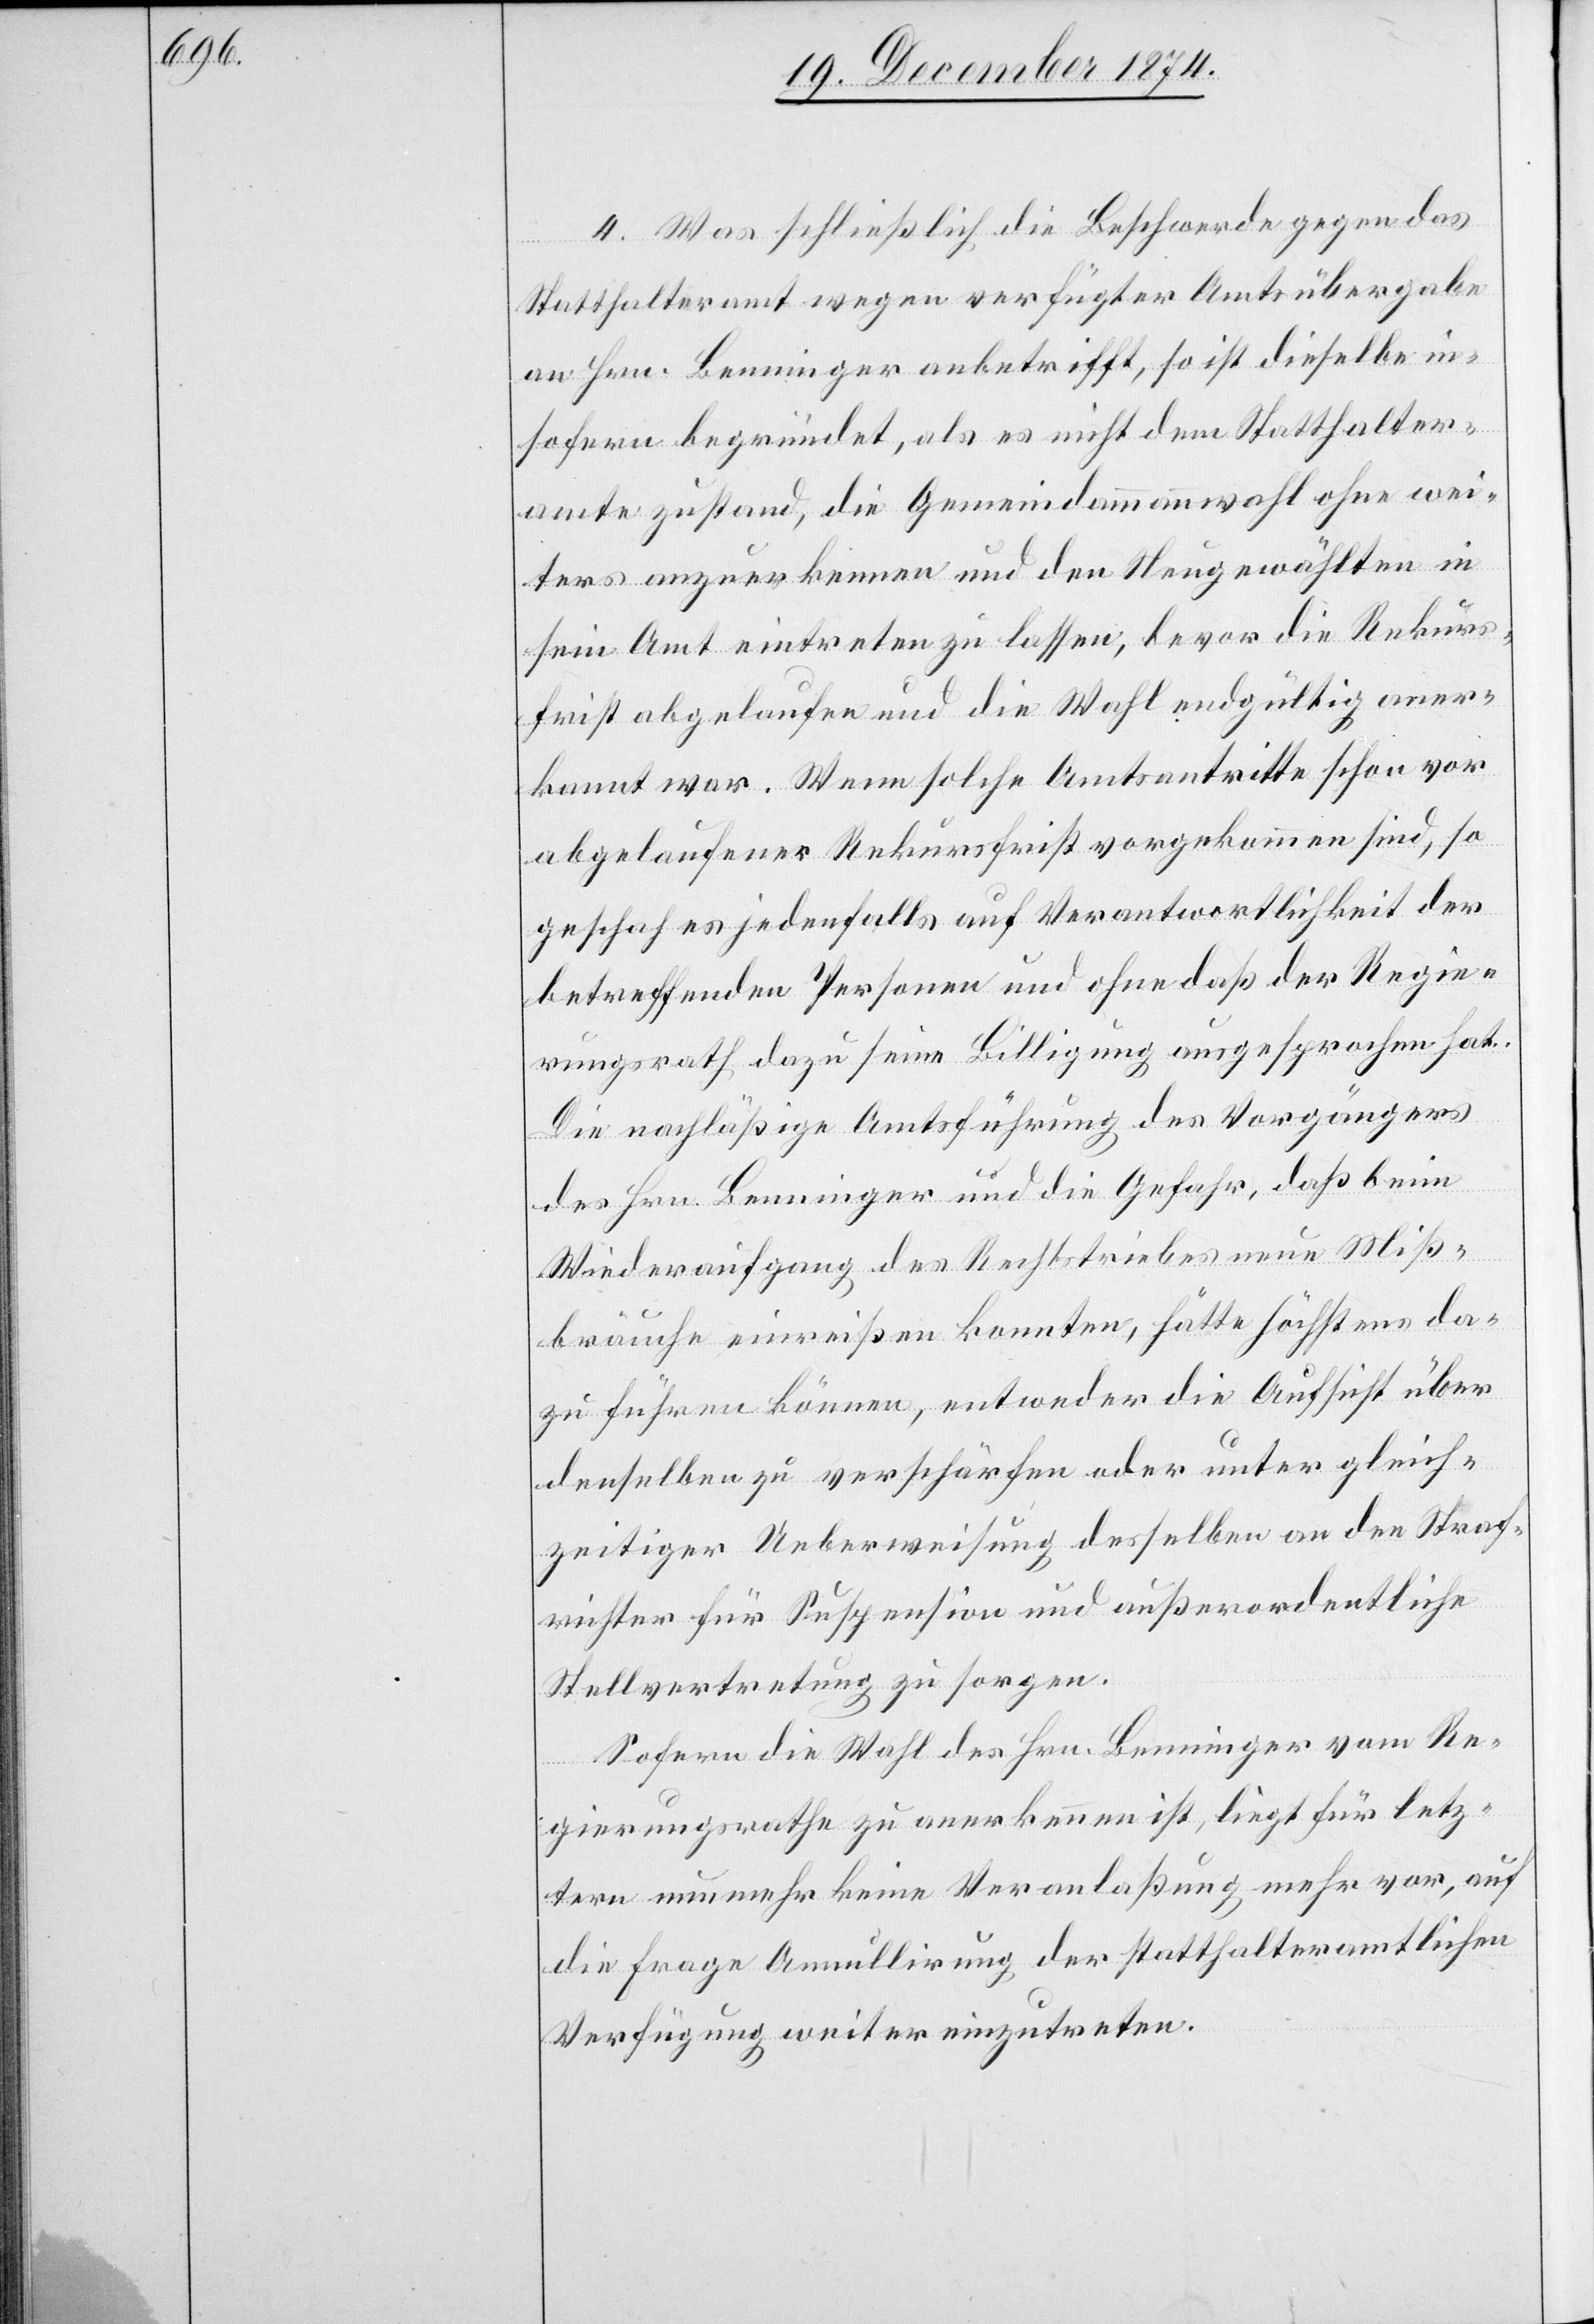
4. Was schließlich die Beschwerde gegen das
Statthalteramt wegen verfügter Amtsübergabe
an Hrn. Benninger anbetrifft, so ist dieselbe in¬
sofern begründet, als es nicht dem Statthalter¬
amte zustand, die Gemeindammannwahl ohne wei¬
ters anzuerkennen und den Neugewählten in
sein Amt eintreten zu lassen, bevor die Rekurs¬
frist abgelaufen und die Wahl endgültig aner¬
kannt war. Wenn solche Amtsantritte schon vor
abgelaufener Rekursfrist vorgekommen sind, so
geschah es jedenfalls auf Verantwortlichkeit der
betreffenden Personen und ohne daß der Regie¬
rungsrath dazu seine Billigung ausgesprochen hat.
Die nachläßige Amtsführung des Vorgängers
des Hrn. Benninger und die Gefahr, daß beim
Wiederaufgang des Rechtstriebes neue Miß¬
bräuche einreißen konnten, hätte höchstens da¬
zu führen können, entweder die Aufsicht über
denselben zu verschärfen oder unter gleich¬
zeitiger Ueberweisung desselben an den Straf¬
richter für Suspension und außerordentliche
Stellvertretung zu sorgen.
Sofern die Wahl des Hrn. Benninger vom Re¬
gierungsrathe zu anerkennen ist, liegt für letz¬
tern nunmehr keine Veranlaßung mehr vor, auf
die Frage Anullirung der statthalteramtlichen
Verfügung weiter einzutreten.